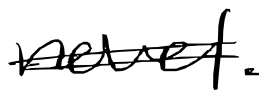
Text: novel.
Cross-out: double-line
Writing tool: digital_black